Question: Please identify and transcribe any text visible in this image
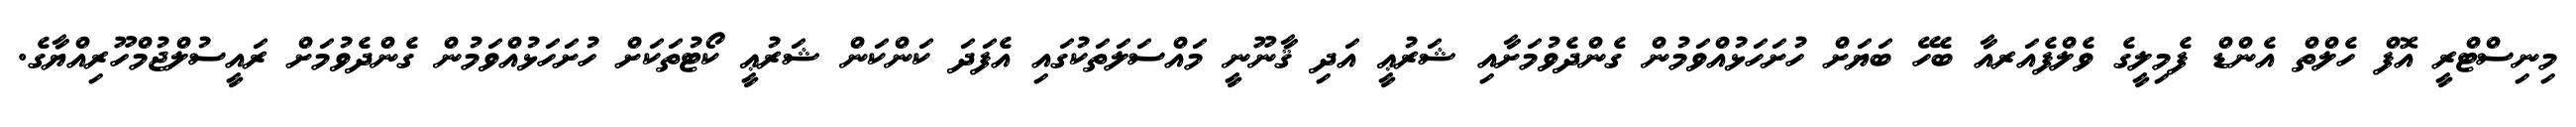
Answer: މިނިސްޓްރީ އޮފް ހެލްތް އެންޑް ފެމިލީގެ ވެލްފެއަރއާ ބެހޭ ބަޔަށް ހުށަހަޅުއްވަމުން ގެންދެވުމަށާއި ޝަރުޢީ އަދި ޤާނޫނީ މައްސަލަތަކުގައި އެފަދަ ކަންކަން ޝަރުޢީ ކޯޓުތަކަށް ހުށަހަޅުއްވަމުން ގެންދެވުމަށް ރައީސުލްޖުމްހޫރިއްޔާގެ.